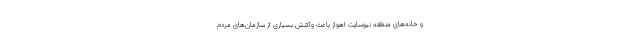
و خانه‌های منطقه نیوسایت اهواز باعث واکنشِ بسیاری از سازمان‌های مردم